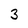
Character: 3